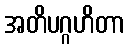
အတိပဂ္ဂဟိတာ